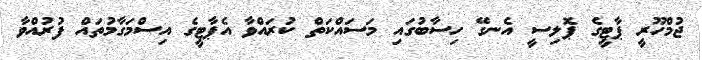
ޖުމްހޫރީ ޕާޓީގެ ޕޮލިސީ އެނގޭ ހިސާބުގައި މަސައްކަތް ކުރައްވާ އެޕާޓީގެ އިސްމަގާމުތައް ފުރުއްވާ